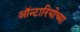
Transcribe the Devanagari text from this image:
ऑन्टारियोच्या